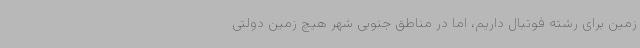
زمین برای رشته فوتبال داریم، اما در مناطق جنوبی شهر هیچ زمین دولتی